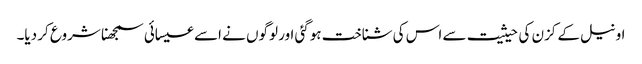
اونیل کے کزن کی حیثیت سے اس کی شناخت ہوگئی اور لوگوں نے اسے عیسائی سمجھنا شروع کر دیا۔